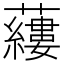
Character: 𧃒